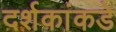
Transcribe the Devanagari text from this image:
दर्शकांकडे